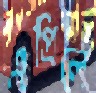
এপ্রিলে